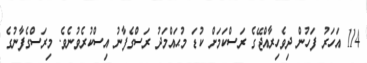
114 އަހަރު ފަހުން ދިވެހިރާއްޖޭގެ ރަސްކަމަށް ކުޑަ މުޙައްމަދު ރަސްގެފާނު އިސްކުރެވުނެވެ. މިރަސްގެފާނުގެ